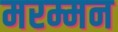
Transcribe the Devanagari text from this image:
मरम्मन